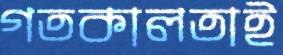
গতকালতাই